Annual report on the lock hospitals of the Madras Presidency
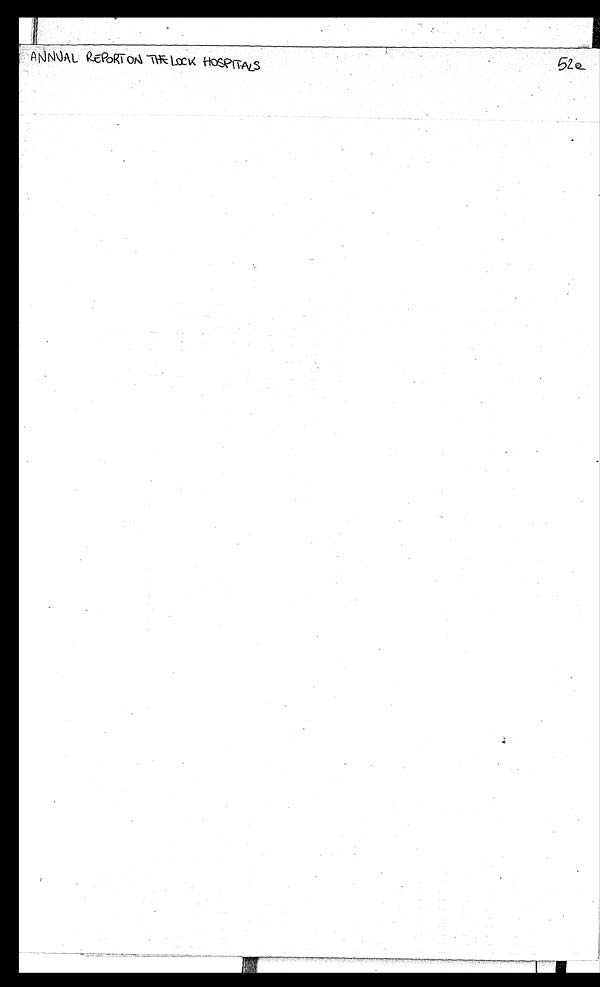
ANNUAL REPORTON THE LOCK HOSPITALS 52Q